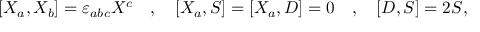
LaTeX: [ X _ { a } , X _ { b } ] = \varepsilon _ { a b c } X ^ { c } \quad , \quad { [ } X _ { a } , S { ] } = { [ } X _ { a } , D { ] } = 0 \quad , \quad { [ } D , S { ] } = 2 S ,